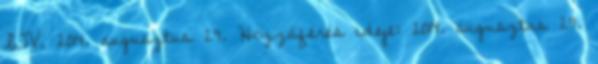
ITV, 2014. augusztus 29. Hozzáférés ideje: 2014. augusztus 29.